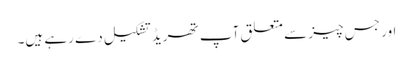
اور جس چیز سے متعلق آپ تھریڈ تشکیل دے رہے ہیں۔